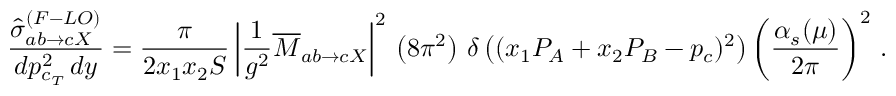
\frac { \hat { \sigma } _ { a b \rightarrow c X } ^ { ( F - L O ) } } { d p _ { c _ { T } } ^ { 2 } \, d y } = \frac { \pi } { 2 x _ { 1 } x _ { 2 } S } \left| \frac { 1 } { g ^ { 2 } } \overline { { { M } } } _ { a b \rightarrow c X } \right| ^ { 2 } \, \left( 8 \pi ^ { 2 } \right) \, \delta \left( ( x _ { 1 } P _ { A } + x _ { 2 } P _ { B } - p _ { c } ) ^ { 2 } \right) \left( \frac { \alpha _ { s } ( \mu ) } { 2 \pi } \right) ^ { 2 } \, .